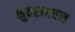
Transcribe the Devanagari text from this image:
भुवराघवन